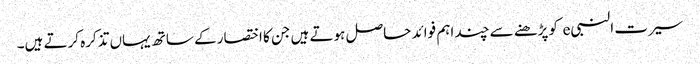
سیرت النبیe کو پڑھنے سے چند اہم فوائد حاصل ہوتے ہیں جن کا اختصار کے ساتھ یہاں تذکرہ کرتے ہیں۔